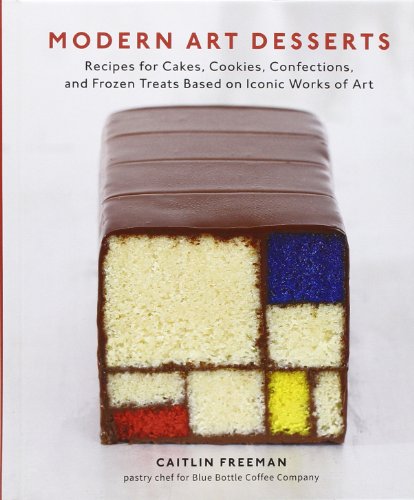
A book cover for Modern Art Desserts: Recipes for Cakes, Cookies, Confections, and Frozen Treats Based on Iconic Works of Art; Caitlin Freeman; Cookbooks, Food & Wine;